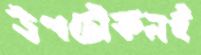
উপঢৌকনই